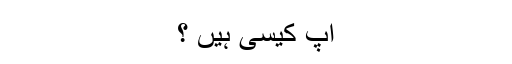
آپ کیسی ہیں ؟